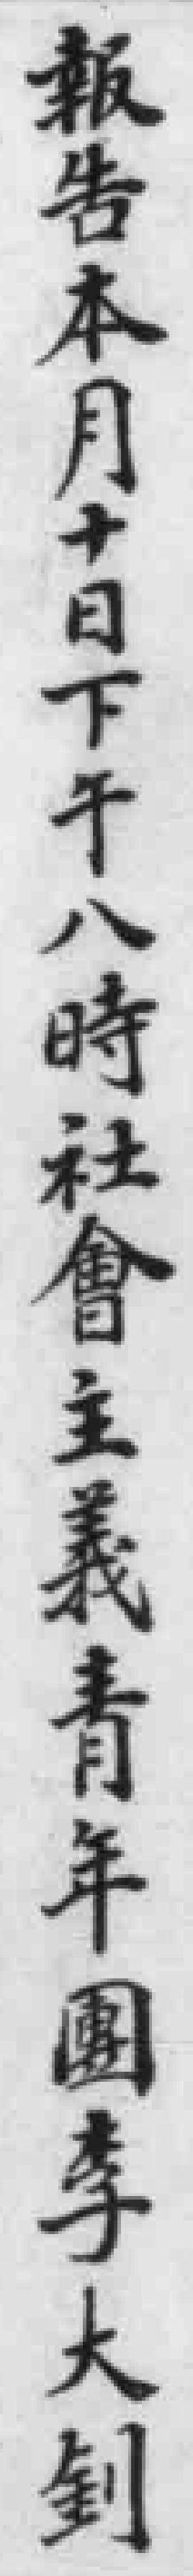
報告本月十日下午八時社會主義青年團李大釗